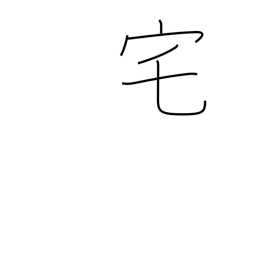
Meaning: home